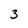
Character: 3